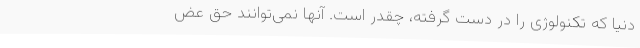
دنیا که تکنولوژی را در دست گرفته، چقدر است. آنها نمی‌توانند حق عض